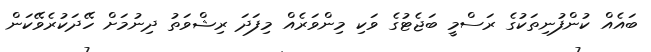
ބައެއް ކުންފުނިތަކުގެ ރަސްމީ ބަޖެޓުގެ ވަކި މިންވަރެއް މިފަދަ ރިޝްވަތު ދިނުމަށް ހޭދަކުރެވޭކަން